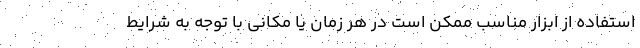
استفاده از ابزار مناسب ممکن است در هر زمان یا مکانی با توجه به شرایط